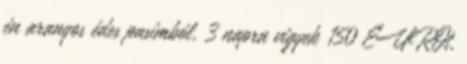
én aranyos édes pasimból. 3 napra vigyek 150 EUROt,